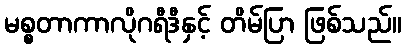
မစ္စတာကာလိုဂရီဒီနှင့် တိမ်ပြာ ဖြစ်သည်။